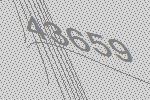
43659